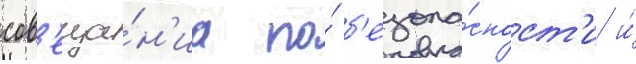
сов'еща́н'иа по́ б'езопа́сност'и и́